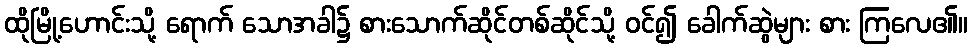
ထိုမြို့ဟောင်းသို့ ရောက် သောအခါ၌ စားသောက်ဆိုင်တစ်ဆိုင်သို့ ဝင်၍ ခေါက်ဆွဲများ စား ကြလေ၏။